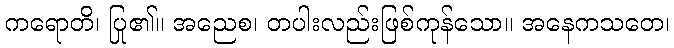
ကရောတိ၊ ပြု၏။ အညေစ၊ တပါးလည်းဖြစ်ကုန်သော။ အနေကသတေ၊